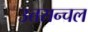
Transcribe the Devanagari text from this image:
उत्तरान्चल